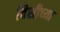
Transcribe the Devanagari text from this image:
विशीच्या